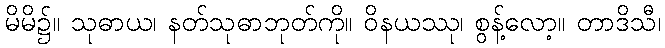
မိမိ၌။ သုဓာယ၊ နတ်သုဓာဘုတ်ကို။ ဝိနယဿု၊ စွန့်လော့။ တာဒိသီ၊